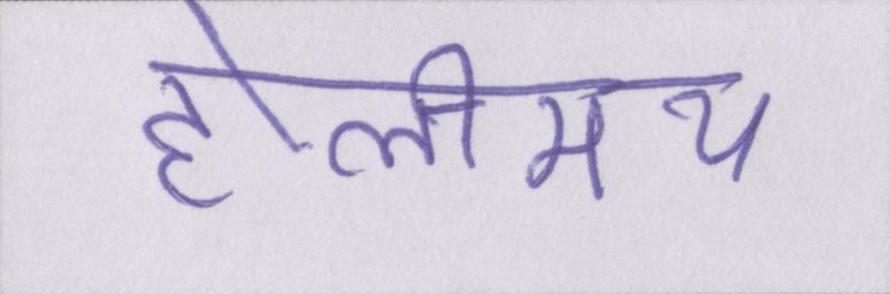
होलीमय